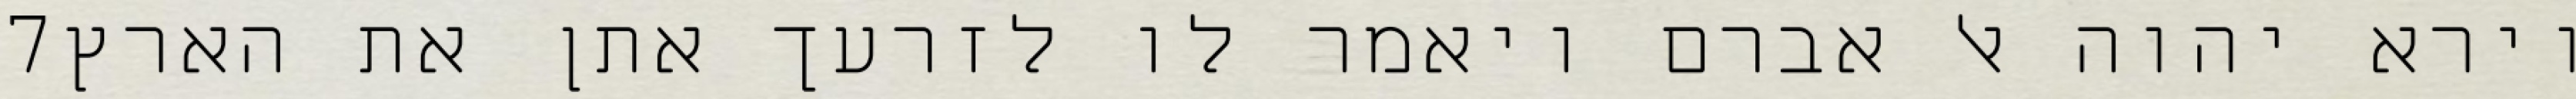
‎7‏ וירא יהוה אל אברם ויאמר לו לזרעך אתן את הארץ